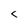
Character: c